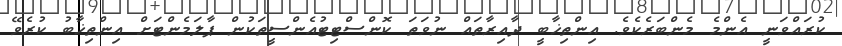
ކުރައްވަނީ އެންމެ މެންބަރެކެވެ. އިންތިޚާބީ ދާއިރާތައް ނުވަތަ ކޮންސްޓިޓުއެންސީތަކުން ޕާލަމެންޓަށް އިންތިޚާބު ކުރެވޭ